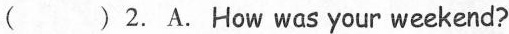
( )2.A. How was your weekend?